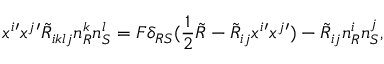
x ^ { i } { ' } x ^ { j } { ' } \tilde { R } _ { i k l j } n _ { R } ^ { k } n _ { S } ^ { l } = F \delta _ { R S } ( \frac { 1 } { 2 } \tilde { R } - \tilde { R } _ { i j } x ^ { i } { ' } x ^ { j } { ' } ) - \tilde { R } _ { i j } n _ { R } ^ { i } n _ { S } ^ { j } ,